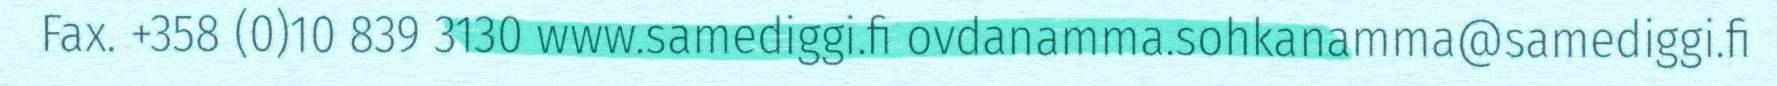
Fax. +358 (0)10 839 3130 www.samediggi.fi ovdanamma.sohkanamma@samediggi.fi